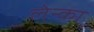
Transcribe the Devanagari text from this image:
लेन्का